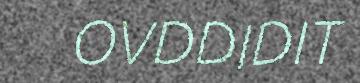
OVDDIDIT